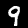
Label: 9